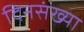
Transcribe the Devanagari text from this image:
दिनसंख्या